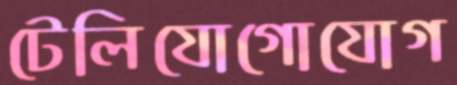
টেলিযোগোযোগ